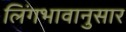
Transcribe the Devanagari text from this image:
लिंगभावानुसार